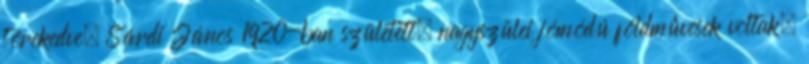
törekedve. Sárdi János 1920-ban született, nagyszülei jómódú földmûvesek voltak.